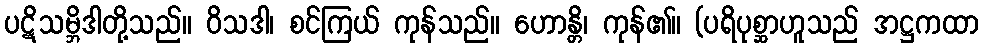
ပဋိသမ္ဘိဒါတို့သည်။ ဝိသဒါ၊ စင်ကြယ် ကုန်သည်။ ဟောန္တိ၊ ကုန်၏။ (ပရိပုစ္ဆာဟူသည် အဋ္ဌကထာ